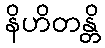
နိဟိတန္တိ